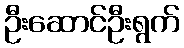
ဦးဆောင်ဦးရွက်